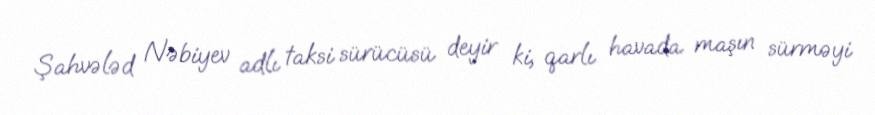
Şahvələd Nəbiyev adlı taksi sürücüsü deyir ki, qarlı havada maşın sürməyi